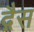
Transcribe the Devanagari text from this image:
द्गैस